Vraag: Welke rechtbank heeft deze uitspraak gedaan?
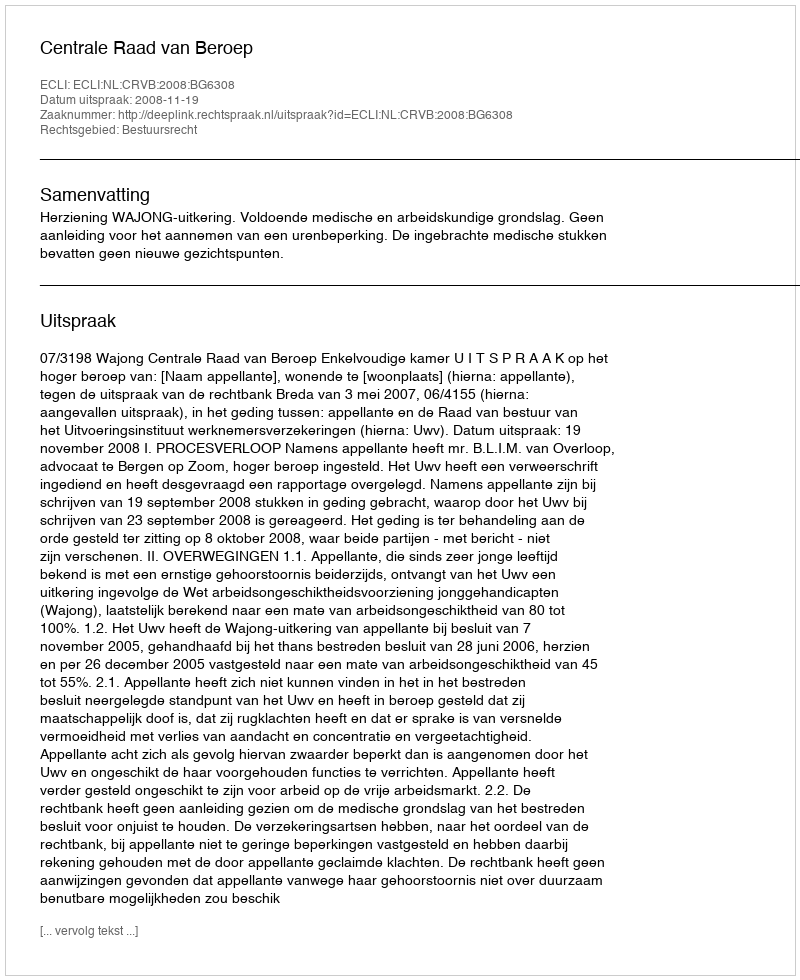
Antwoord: Centrale Raad van Beroep